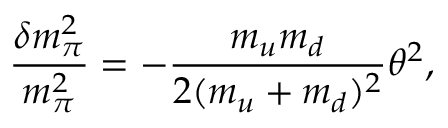
\frac { \delta m _ { \pi } ^ { 2 } } { m _ { \pi } ^ { 2 } } = - \frac { m _ { u } m _ { d } } { 2 ( m _ { u } + m _ { d } ) ^ { 2 } } \theta ^ { 2 } ,